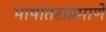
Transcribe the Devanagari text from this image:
भाषांतराप्रमाणे